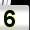
Digit: 5